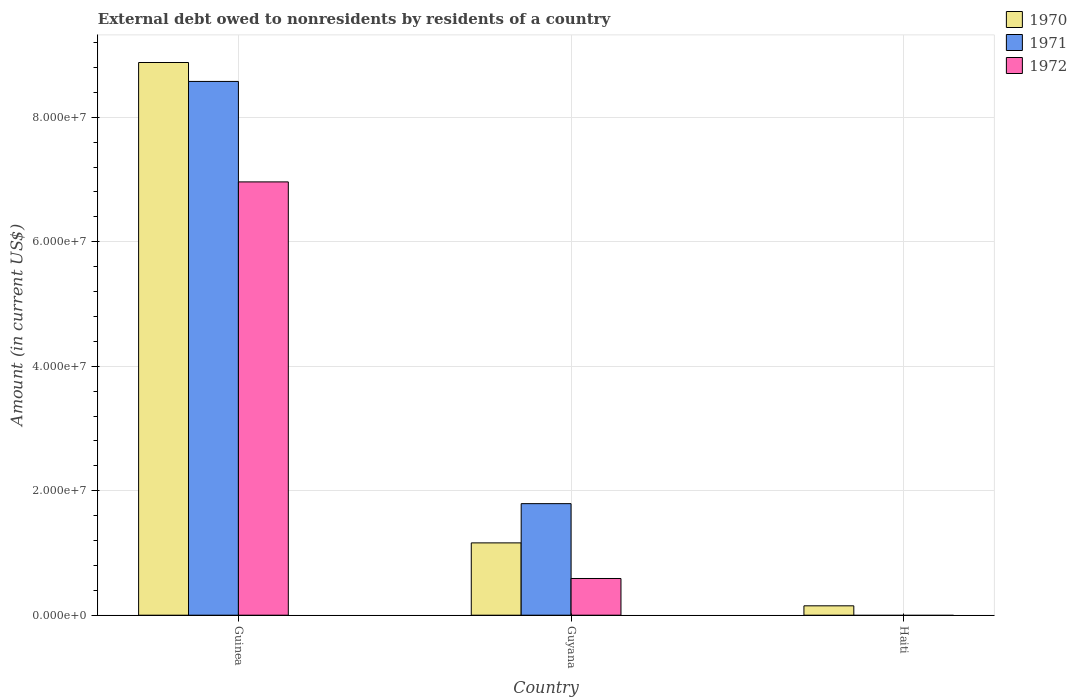
| Country | 1970 | 1971 | 1972 |
 | --- | --- | --- | --- |
 | Guinea | 8.88e+07 | 8.58e+07 | 6.96e+07 |
 | Guyana | 1.16e+07 | 1.79e+07 | 5.9e+06 |
 | Haiti | 1.51e+06 | -3.93e+06 | -6.65e+05 |